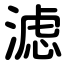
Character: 滤